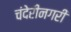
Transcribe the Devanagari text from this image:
चंदेरीनगरी